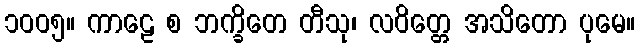
၁၀၀၅။ ကာဠေ စ ဘက္ခိတေ တီသု၊ လဝိတ္တေ အသိတော ပုမေ။